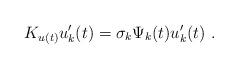
LaTeX: \begin{align*} K_{u(t)}u_k'(t)=\sigma_k\Psi_k(t)u'_k(t)\ .\end{align*}